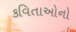
કવિતાઓનો